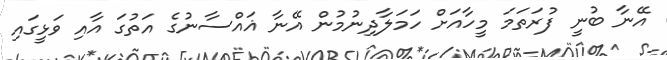
އޭނާ ބުނީ ފުރަތަމަ މީހާއަށް ހަމަލާދިނުމުން އޭނާ ޣައްސާނުގެ އަތުގަ އާއި ވަޅީގައި